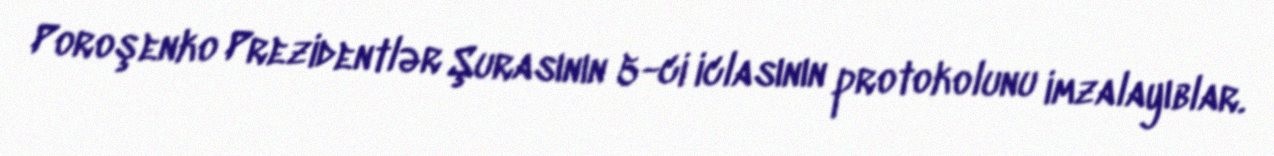
Poroşenko Prezidentlər Şurasının 5-ci iclasının protokolunu imzalayıblar.